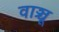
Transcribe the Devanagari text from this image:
वाञ्चू